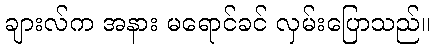
ချားလ်က အနား မရောင်ခင် လှမ်းပြောသည်။